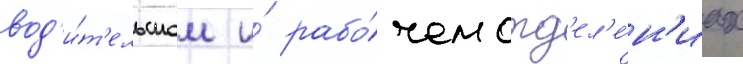
вод'и́т'ельском и́ рабо́чем отд'ел'е́н'иах